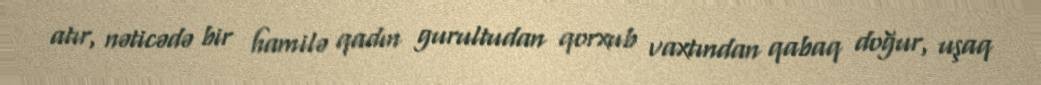
atır, nəticədə bir hamilə qadın gurultudan qorxub vaxtından qabaq doğur, uşaq